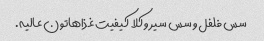
سس فلفل و سس سیر و کلا کیفیت غذاهاتون عالیه.